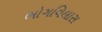
ભોગવિલાસ